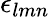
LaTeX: \epsilon_{lmn}